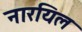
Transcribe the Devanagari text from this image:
नारयिल